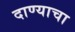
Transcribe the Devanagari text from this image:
दाण्याचा